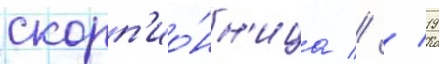
скорп'ио́нн'ица // / 19